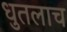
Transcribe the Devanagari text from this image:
धुतलाच